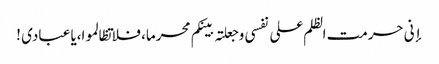
إنی حرمت الظلم علی نفسی وجعلتہ بینکم محرما، فلا تظالموا،یا عبادی !